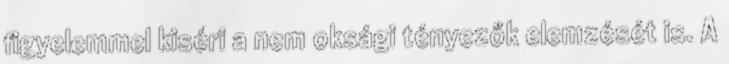
figyelemmel kiséri a nem oksági tényezők elemzését is. A